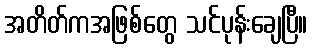
အတိတ်ကအဖြစ်တွေ သင်ပုန်းချေပြီ။